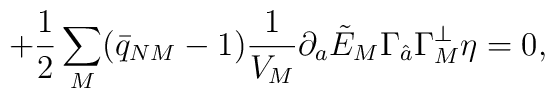
\qquad \qquad \qquad \qquad  +{1\over 2}\sum_M(\bar{q}_{NM}-1){1\over V_M} \partial_a\tilde{E}_M\Gamma_{\hat{a}}\Gamma_M^\perp \eta=0,